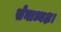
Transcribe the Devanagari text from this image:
सेनाध्यक्ष।